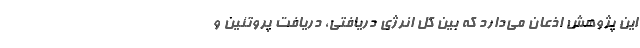
این پژوهش اذعان می‌دارد که بین کل انرژی دریافتی، دریافت پروتئین و